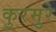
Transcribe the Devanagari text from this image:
कुरमुरे